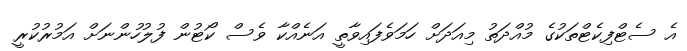
އެ ސެޓްފިކެޓްތަކުގެ މުއްދަތު މިއަދަށް ހަމަވެފައިވާތީ އަނެއްކާ ވެސް ކޯޓުން ފުލުހުންނަށް އަމުރުކުރީ